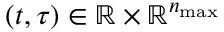
( t , \tau ) \in \mathbb { R } \times \mathbb { R } ^ { n _ { \operatorname* { m a x } } }